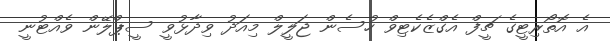
އެ އޮތޯރިޓީގެ ޗީފް އެގްޒެކެޓިވް ހުސެން ޖަލީލް މިއަދު ވިދާޅުވީ ސީޕްލޭން ވެއްޓުނީ